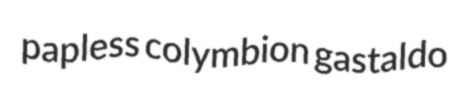
papless colymbion gastaldo